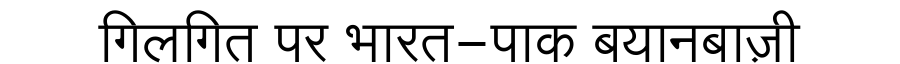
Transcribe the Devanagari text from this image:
गिलगित पर भारत-पाक बयानबाज़ी